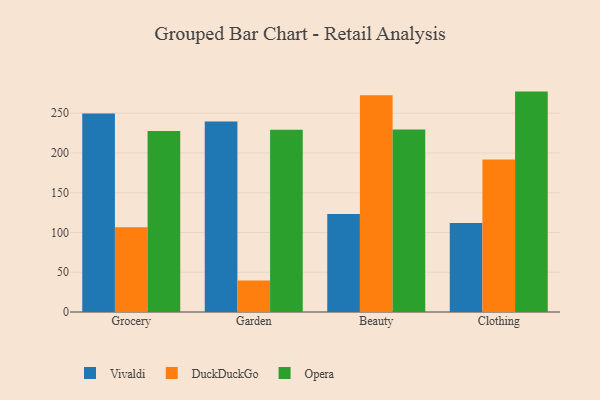
{"axis": {"x": "Category", "y": "Shipments"}, "legend": ["DuckDuckGo", "Opera", "Vivaldi"], "data": [{"x": "Grocery", "y": 249.6, "type": "Vivaldi"}, {"x": "Grocery", "y": 106.5, "type": "DuckDuckGo"}, {"x": "Grocery", "y": 227.7, "type": "Opera"}, {"x": "Garden", "y": 239.7, "type": "Vivaldi"}, {"x": "Garden", "y": 39.6, "type": "DuckDuckGo"}, {"x": "Garden", "y": 229.3, "type": "Opera"}, {"x": "Beauty", "y": 123.3, "type": "Vivaldi"}, {"x": "Beauty", "y": 272.5, "type": "DuckDuckGo"}, {"x": "Beauty", "y": 229.5, "type": "Opera"}, {"x": "Clothing", "y": 111.9, "type": "Vivaldi"}, {"x": "Clothing", "y": 191.9, "type": "DuckDuckGo"}, {"x": "Clothing", "y": 277.2, "type": "Opera"}]}